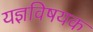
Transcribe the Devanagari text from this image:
यज्ञविषयक